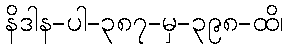
နိဒါန-ပါ-၃၈၇-မှ-၃၉၈-ထိ၊